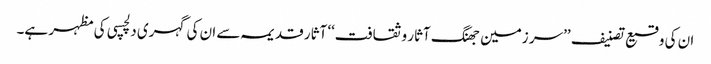
ان کی وقیع تصنیف ’’سر زمین جھنگ آثار و ثقافت‘‘ آثار قدیمہ سے ان کی گہری دلچسپی کی مظہر ہے۔